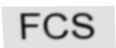
FCS